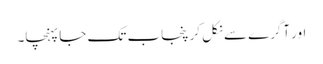
اور آگرے سے نکل کر پنجاب تک جا پہنچا۔